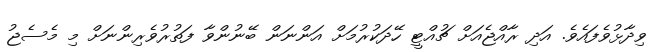
ވިދާޅުވެފައެވެ. އަދި ރާއްޖެއަށް ޗުއްޓީ ހޭދަކުރުމަށް އަންނަން ބޭނުންވާ ފަތުރުވެރިންނަށް މި މެސެޖު